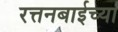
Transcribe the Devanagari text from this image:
रत्तनबाईच्या